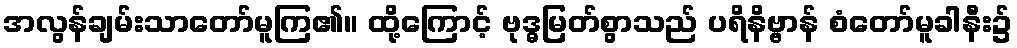
အလွန်ချမ်းသာတော်မူကြ၏။ ထို့ကြောင့် ဗုဒ္ဓမြတ်စွာသည် ပရိနိဗ္ဗာန် စံတော်မူခါနီး၌